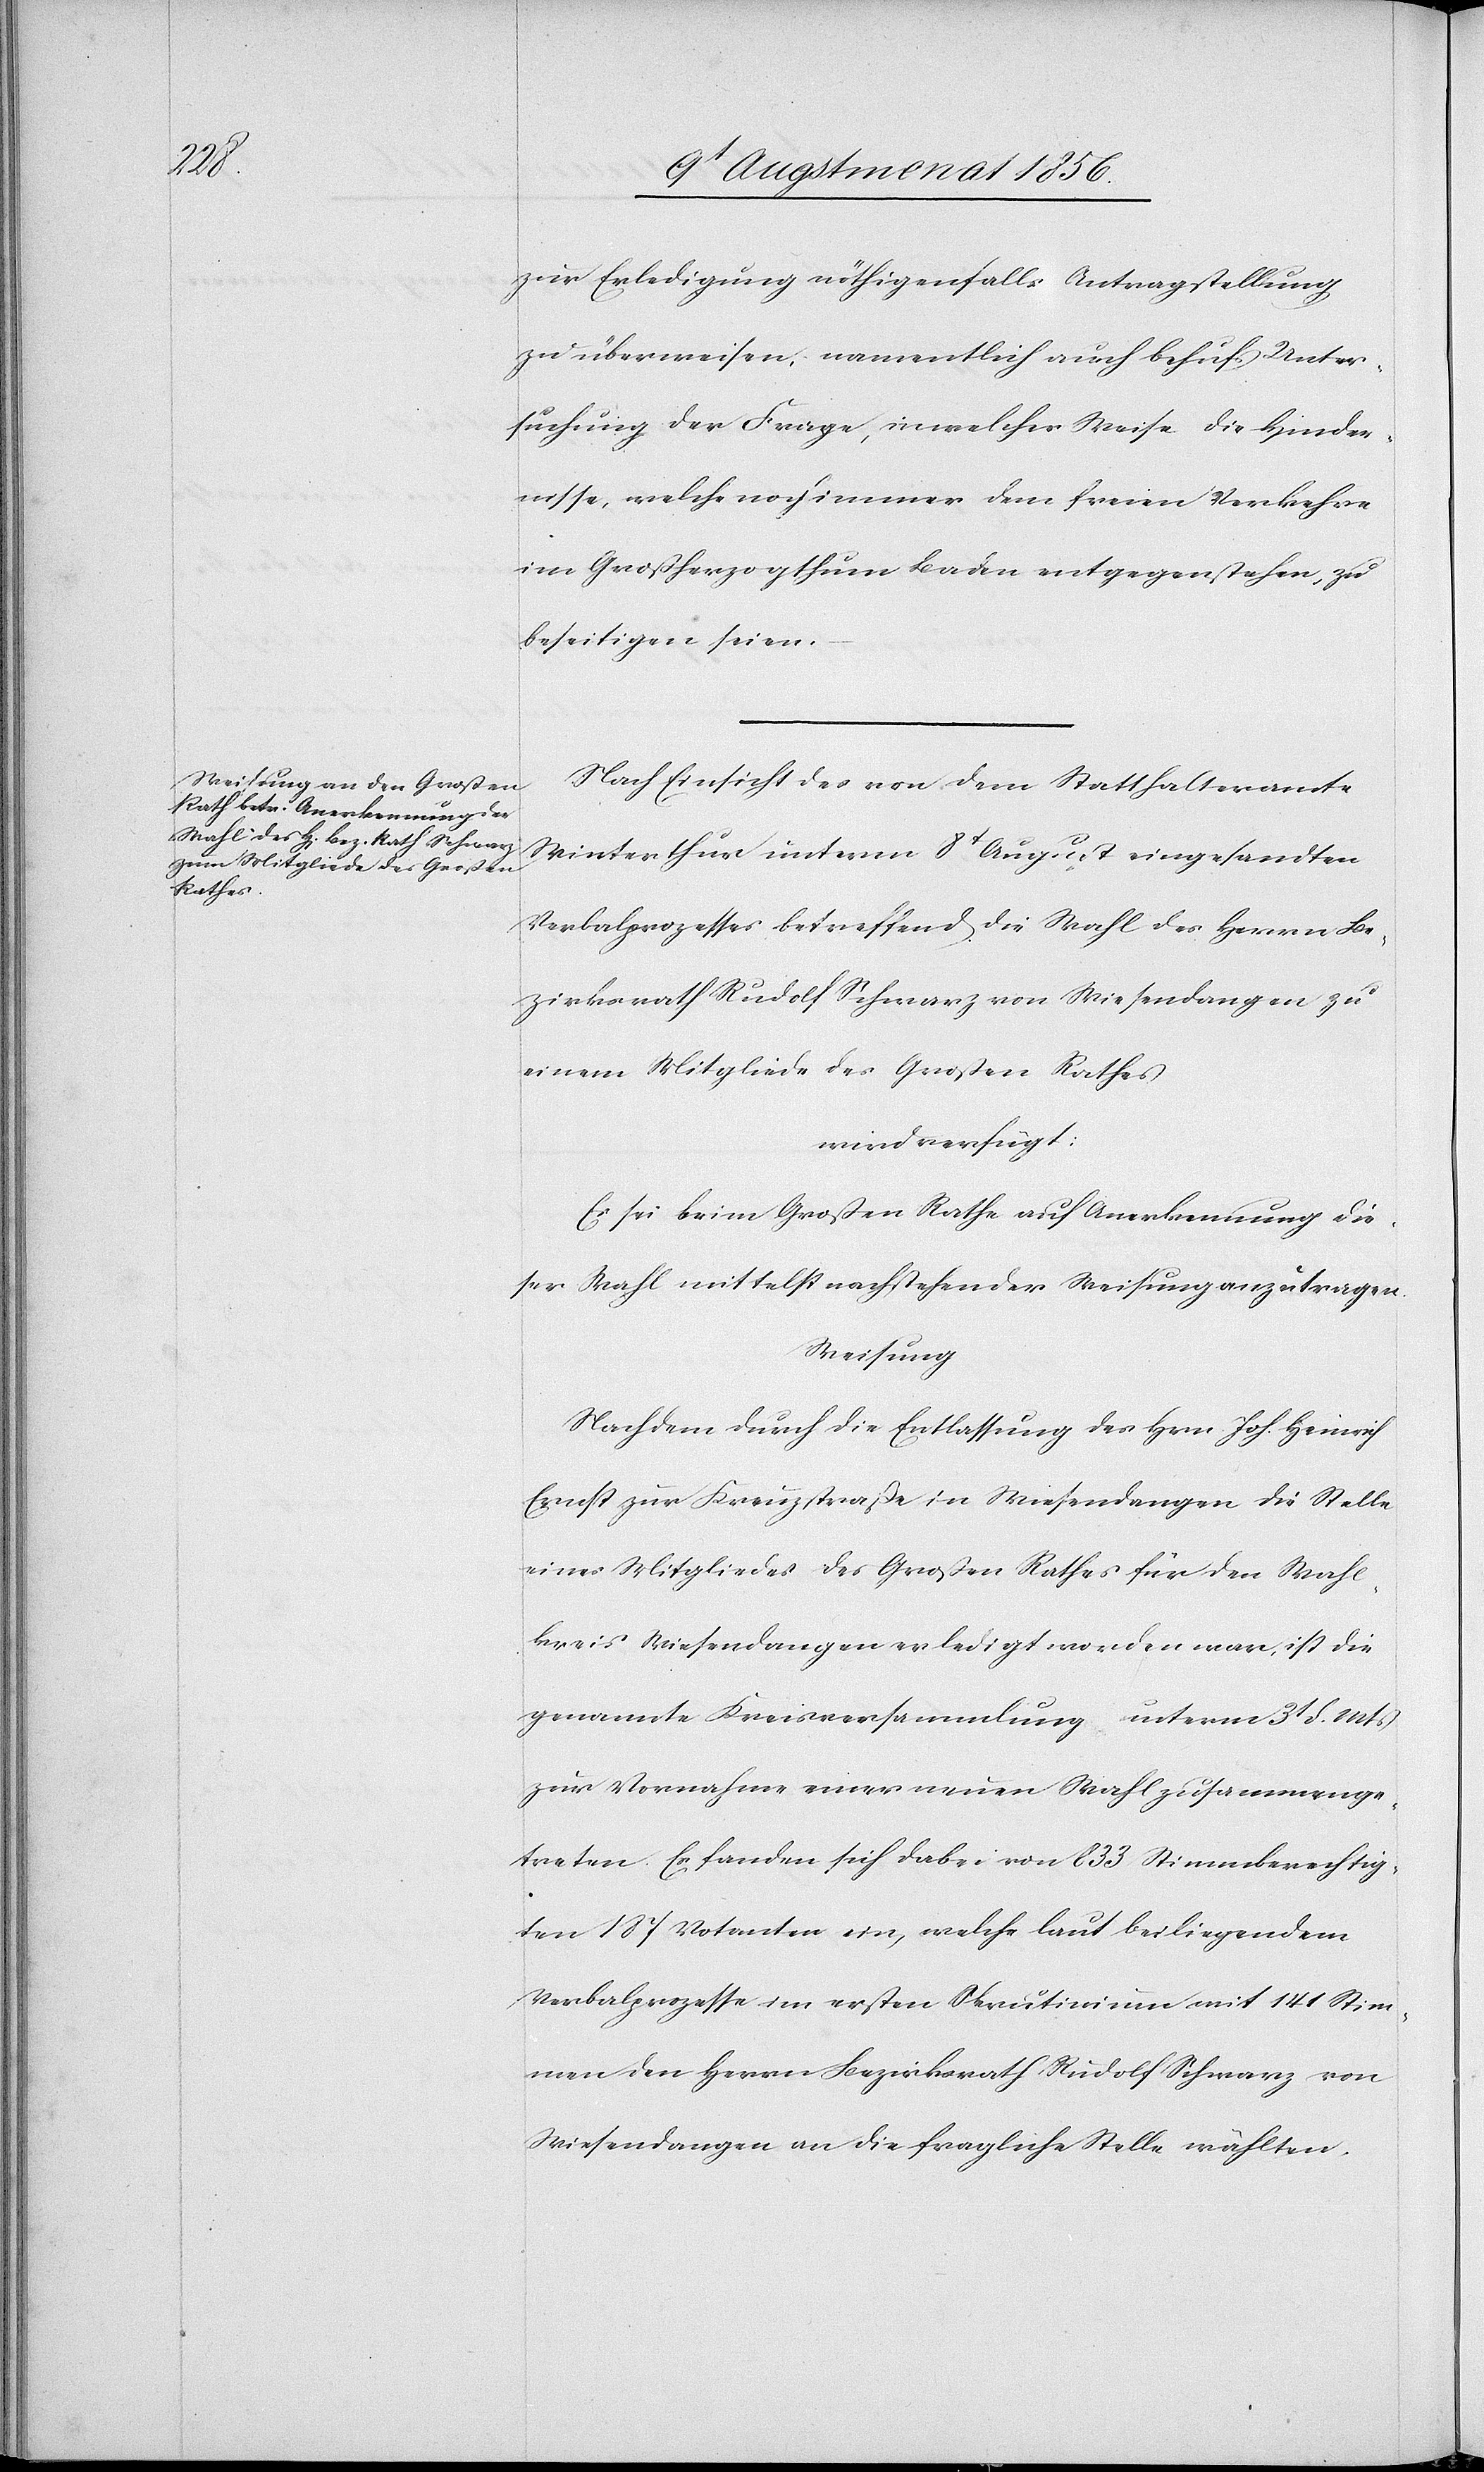
zur Erledigung nöthigenfalls Antragstellung
zu überweisen, namentlich auch behufs Unter¬
suchung der Frage, in welcher Weise die Hinder¬
nisse, welche noch immer dem freien Verkehre
im Großherzogthum Baden entgegenstehen, zu
beseitigen seien.
Nach Einsicht des von dem Statthalteramte
Winterthur unterm 8t August eingesandten
Verbalprozesses betreffend die Wahl des Herrn Be¬
zirksrath Rudolf Schwarz von Wiesendangen zu
einem Mitgliede des Großen Rathes
wird verfügt:
Es sei beim Großen Rathe auf Anerkennung die¬
ser Wahl mittelst nachstehender Weisung anzutragen.
Weisung
Nachdem durch die Entlassung des Hrn. Joh. Heinrich
Ernst zur Kreuzstraße in Wiesendangen die Stelle
eines Mitgliedes des Großen Rathes für den Wahl¬
kreis Wiesendangen erledigt worden war, ist die
genannte Kreisversammlung unterm 3t d. Mts
zur Vornahme einer neuen Wahl zusammenge¬
treten. Es fanden sich dabei von 833 Stimmberechtig¬
ten 187 Votanten ein, welche laut beiliegendem
Verbalprozesse im ersten Skrutinium mit 141 Stim¬
men den Herrn Bezirksrath Rudolf Schwarz von
Wiesendangen an die fragliche Stelle wählten.